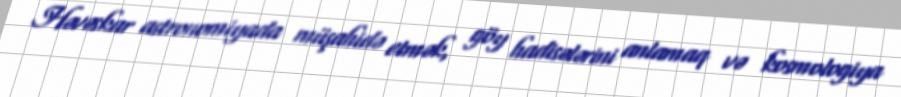
Həvəskar astronomiyada müşahidə etmək, göy hadisələrini anlamaq və kosmologiya